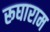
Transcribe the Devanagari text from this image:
रूघाराम